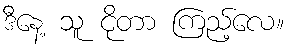
ဒီနေ့ သူ ငိုတာ ကြည့်လေ။